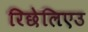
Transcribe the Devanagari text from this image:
रिछेलिएउ